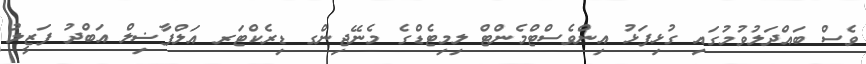
ވެސް ބައްދަލުވުމުގައި ގުޅިފަޅު އިންވެސްޓްމެންޓް ލިމިޓެޑްގެ މެނޭޖިންގ ޑިރެކްޓަރ އަލްފާޟިލް އަބްދު ފަޒީލު